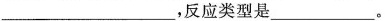
___反应类型是___。